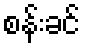
စန်းခင်